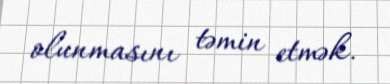
olunmasını təmin etmək.